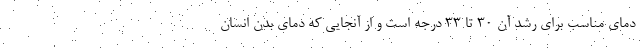
دمای مناسب برای رشد آن ۳۰ تا ۳۳ درجه است و از آنجایی که دمای بدن انسان